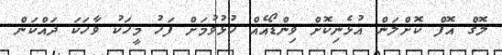
ލޮގް އޮފް ކޮށްލަން އުޅެނިކޮށް ވިންޑޯއެއް ހުޅުވުމަށް ފަހު މީހަކު ވާހަކަ ދައްކަން